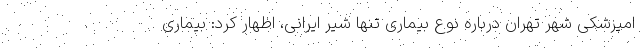
امپزشکی شهر تهران درباره نوع بیماری تنها شیر ایرانی، اظهار کرد: بیماری